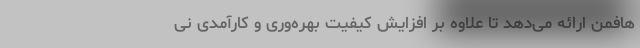
هافمن ارائه می‌دهد تا علاوه بر افزایش کیفیت بهره‌وری و کارآمدی نی